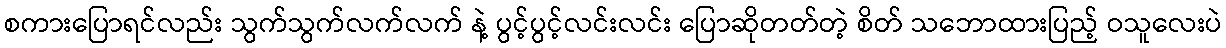
စကားပြောရင်လည်း သွက်သွက်လက်လက် နဲ့ ပွင့်ပွင့်လင်းလင်း ပြောဆိုတတ်တဲ့ စိတ် သဘောထားပြည့် ဝသူလေးပဲ